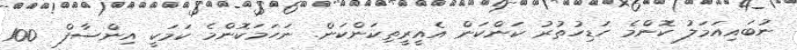
ނުބައިއަމަލު ކޮންމެ ހަޑިހުތުރު ކަންކަން އެއީރީތިކަންކަން. ނަހަމަކޮންމެ ކަމަކީ އިންސާފް  100